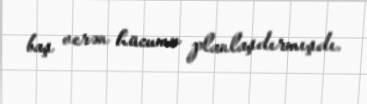
baş verən hücumu planlaşdırmışdı.